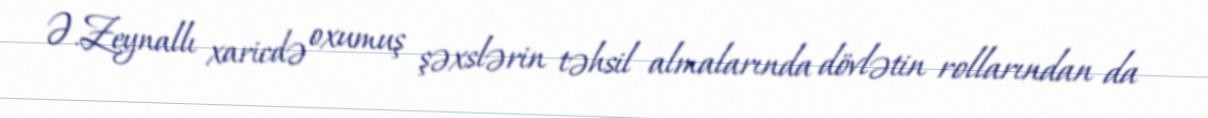
Ə.Zeynallı xaricdə oxumuş şəxslərin təhsil almalarında dövlətin rollarından da